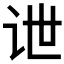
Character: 𰵔